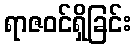
ရာဇဝင်ရှိခြင်း